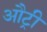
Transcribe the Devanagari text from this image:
औट्री